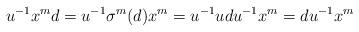
LaTeX: \begin{align*}u^{-1}x^md=u^{-1}\sigma^m(d)x^m=u^{-1}udu^{-1}x^m=du^{-1}x^m\end{align*}